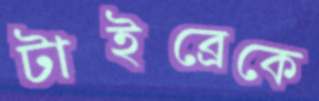
টাইব্রেকে